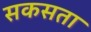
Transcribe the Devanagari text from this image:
सकसता